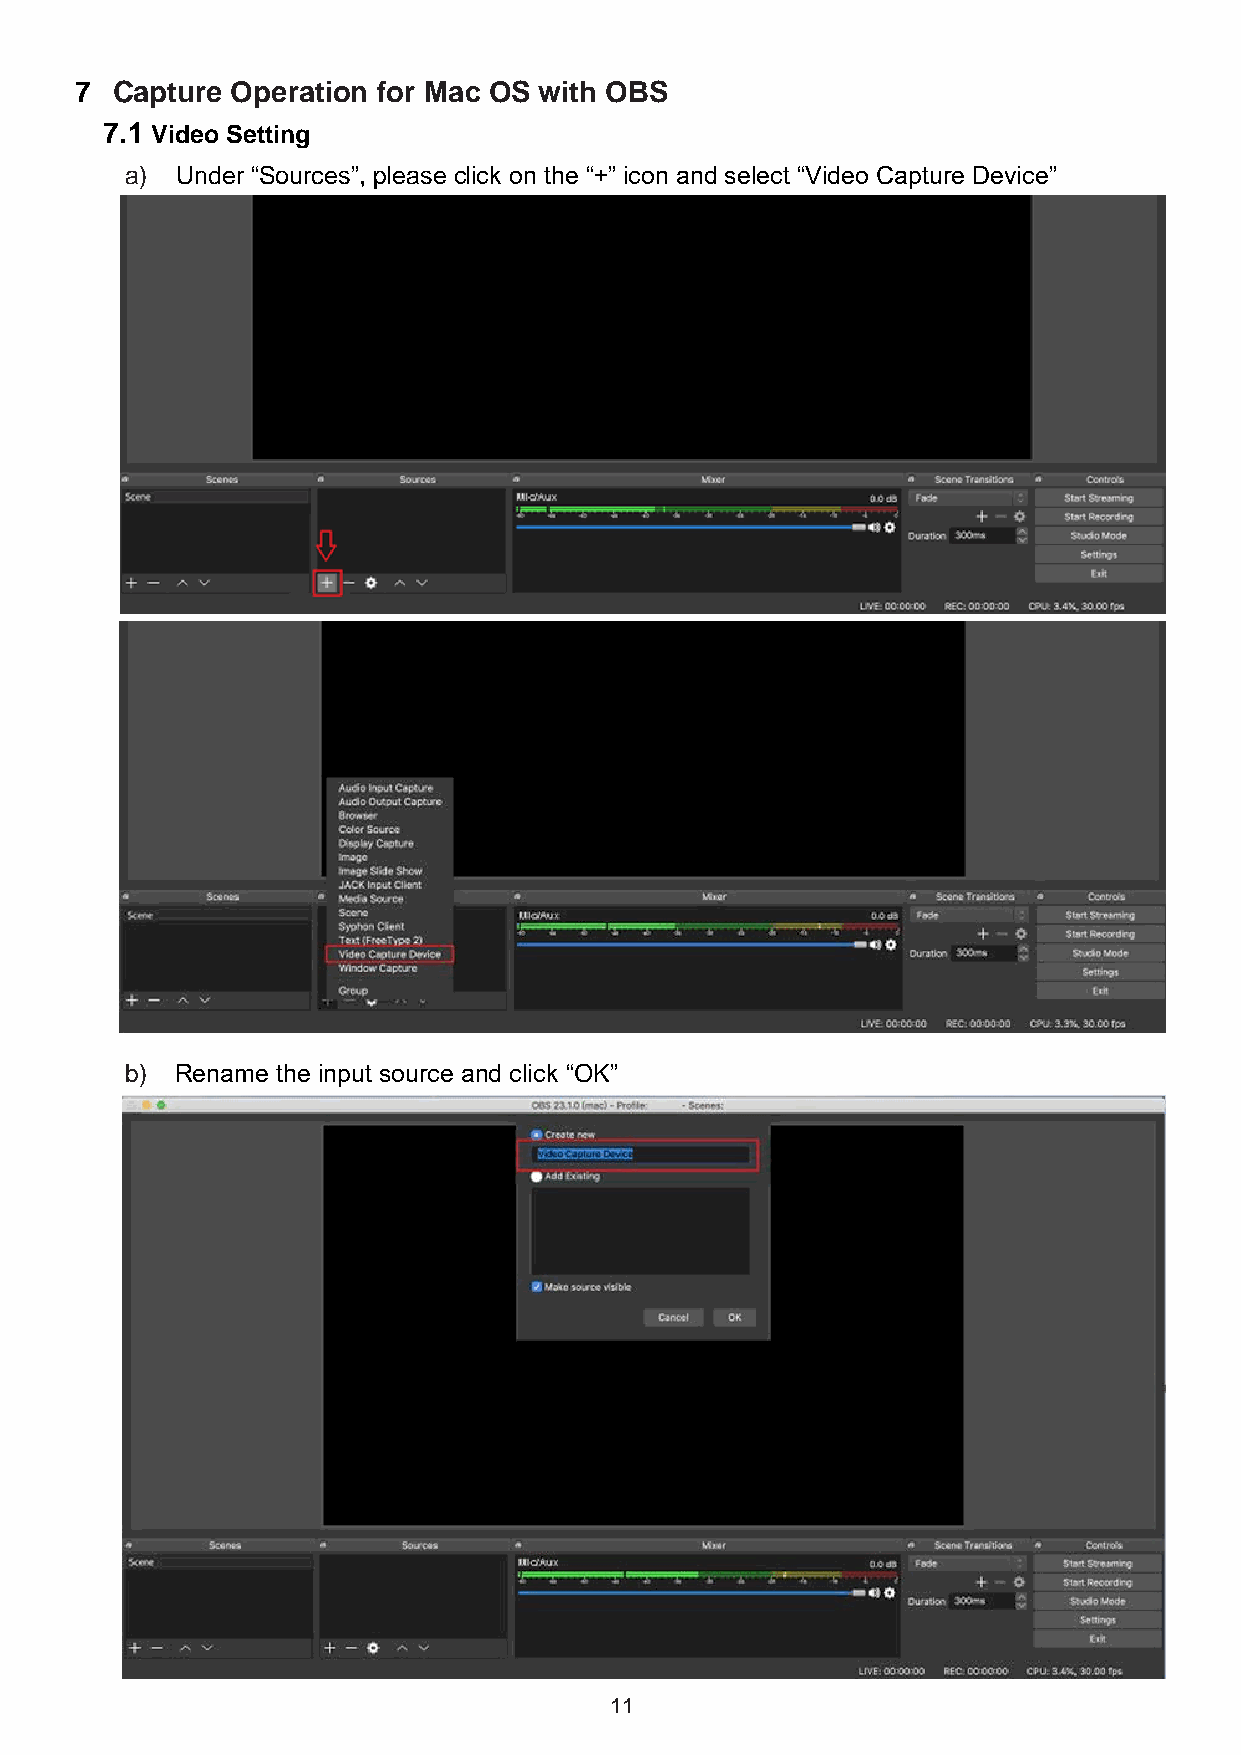
7 Capture Operation for Mac OS with OBS
 7.1 Video Setting
 a)  Under “Sources”, please click on the “+” icon and select “Video Capture Device”
 b)  Rename the input source and click “OK”
 11